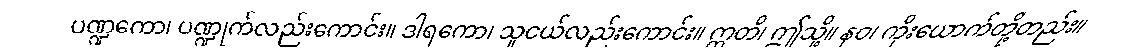
ပဏ္ဍကော၊ ပဏ္ဍုက်လည်းကောင်း။ ဒါရကော၊ သူငယ်လည်းကောင်း။ ဣတိ၊ ဤသို့။ နဝ၊ ကိုးယောက်တို့တည်း။